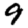
Digit: 9